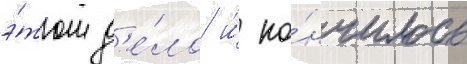
э́том д'е́ло и́ ко́нчилось